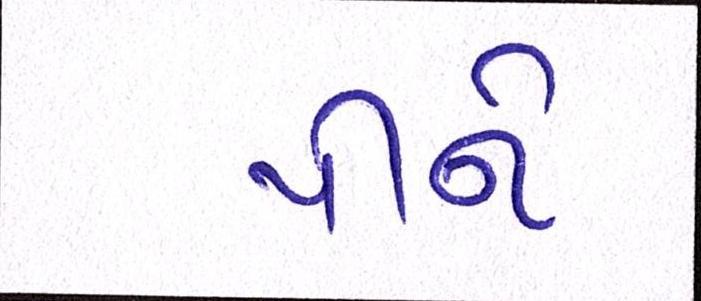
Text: પીને